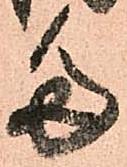
多